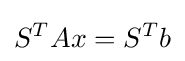
S^{T}Ax=S^{T}b